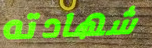
شهادته